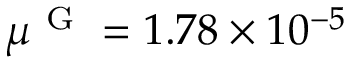
\mu ^ { \mathrm { ~ G ~ } } = 1 . 7 8 \times 1 0 ^ { - 5 }